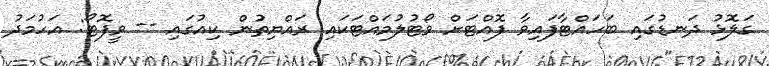
ގަލޮޅު ދަނޑުގައި ބަހައްޓާފައިވާ ފޮއްޓަށް ވޯޓުލުމައްޓަކައި ރައްޔިތުން ކިއުގައި -- ވީފޮޓޯ: އަހުމަދު